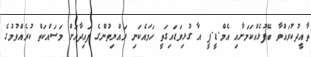
ތާއީދުކުރައްވާ ބޭފުޅެއްކަމަށާއި އެމް.ޑީ.ޕީ އާ ގުޅިވަޑައިގަތީ ހަމައެކަނި ރައްޔިތުންގެ ފައިދާއަށް މަސައްކަތް ކުރެއްވުމުގެ